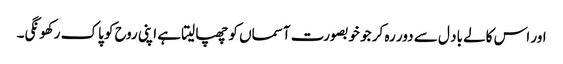
اور اس کالے باد ل سے دور رہ کر جو خوبصورت آسماں کو چھپا لیتا ہے اپنی روح کو پاک رکھونگی۔